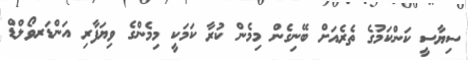
ސިޔާސީ ކަންކަމުގެ ތެރެއަށް ބޭނިގެން މިމެން ކުރާ ކަމަކީ މިމެންގެ ވިޔަފާރި އަންޑަރވޯލްޑް